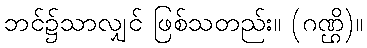
ဘင်၌သာလျှင် ဖြစ်သတည်း။ (ဂဏ္ဌိ)။